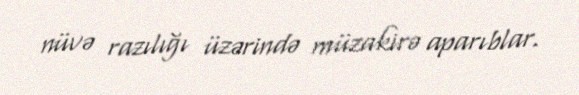
nüvə razılığı üzərində müzakirə aparıblar.